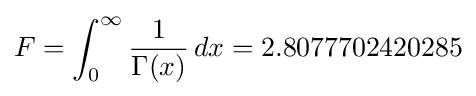
F=\int _{0}^{\infty }{\frac {1}{\Gamma (x)}}\,dx=2.8077702420285